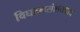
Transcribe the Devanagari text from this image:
विघटनसंशयवाद